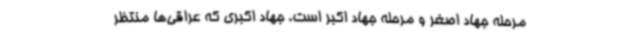
مرحله جهاد اصغر و مرحله جهاد اکبر است. جهاد اکبری که عراقی‌ها منتظر